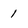
Character: 1